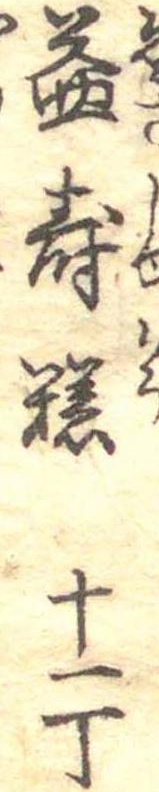
益寿糕十一丁